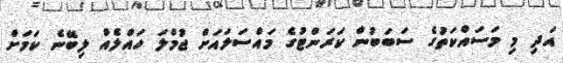
އަދި މި މަސައްކަތުގެ ސަބަބުން ކަރަންޓުގެ މައްސަލައަށް ޖުމްލަ ހައްލެއް ލިބޭނެ ކަމަށް